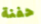
حفنة